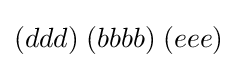
(ddd)\;(bbbb)\;(eee)